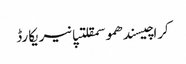
کراچیسندھموسمقلتپانیریکارڈ